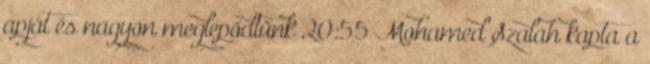
apját és nagyon meglepődtünk 20:55 Mohamed Szalah kapta a